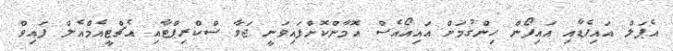
އެޕަލް އައިޕެޑާއި އައިފޯން ހިންގުމަށް އައިއޯއެސް އޮމާންކޮށްފައިވަނީ ޖަވާ ސްކްރިޕްޓާއި އެޗްޓީއެމްއެލް ފައިވް